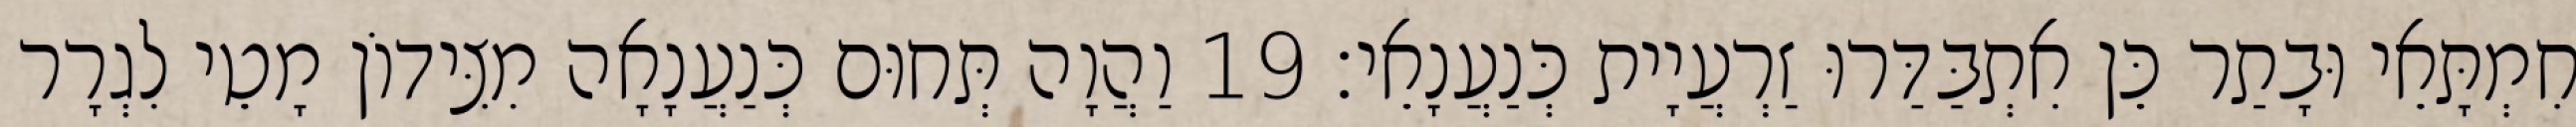
חִמְתָּאֵי וּבָתַר כֵּן אִתְבַּדַּרוּ זַרְעֲיָית כְּנַעֲנָאֵי׃ 19 וַהֲוָה תְּחוּם כְּנַעֲנָאָה מִצִּידוֹן מָטֵי לִגְרָר